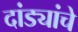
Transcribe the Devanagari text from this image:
दांड्यांचे